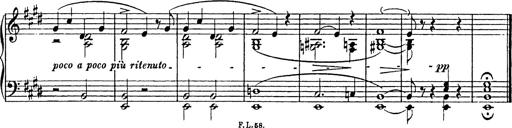
Title: Consolations
Composer: Franz Liszt